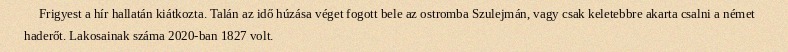
Frigyest a hír hallatán kiátkozta. Talán az idő húzása véget fogott bele az ostromba Szulejmán, vagy csak keletebbre akarta csalni a német haderőt. Lakosainak száma 2020-ban 1827 volt.